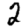
Digit: 2